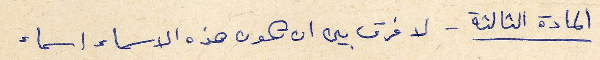
المادة الثالثة - لا فرق بين ان تكون هذه الاسماء اسماء